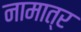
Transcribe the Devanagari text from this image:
नामात्र